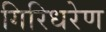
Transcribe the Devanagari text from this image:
गिरिधरेण